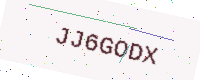
Text: JJ6GODX